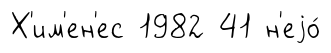
Х'им'ен'ес 1982 41 н'еjо́